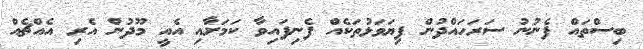
ބިސްތައް ފެނުނު ސަރަހައްދުން ފިޔަވަޅުތަކެއް ފެނިފައިވާ ކަމަށާއި އެއީ މޫދުން އެރި އެއްޗެއް